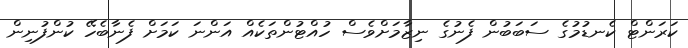
ކަރަންޓް ކެނޑުމުގެ ސަބަބުން ފެނުގެ ނިޒާމަށްވެސް ހުއްޓުންތަކެއް އަންނަ ކަމަށް ފެނާބެހޭ ކުންފުނިން